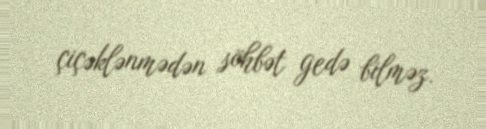
çiçəklənmədən söhbət gedə bilməz.